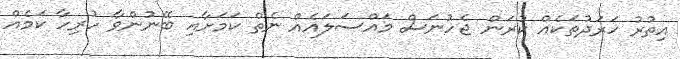
އިތުރު ޚަރަދުތަކެއް ކުރަން ޖެހުނަސް މައްސަލައެއް ނެތް ކަމަށާއި ބޭނުންވާ ހުރިހާ ކަމެއް